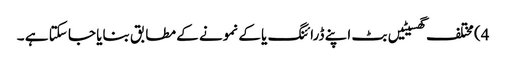
4) مختلف گھسیٹیں بٹ اپنے ڈرائنگ یا کے نمونے کے مطابق بنایا جا سکتا ہے ۔